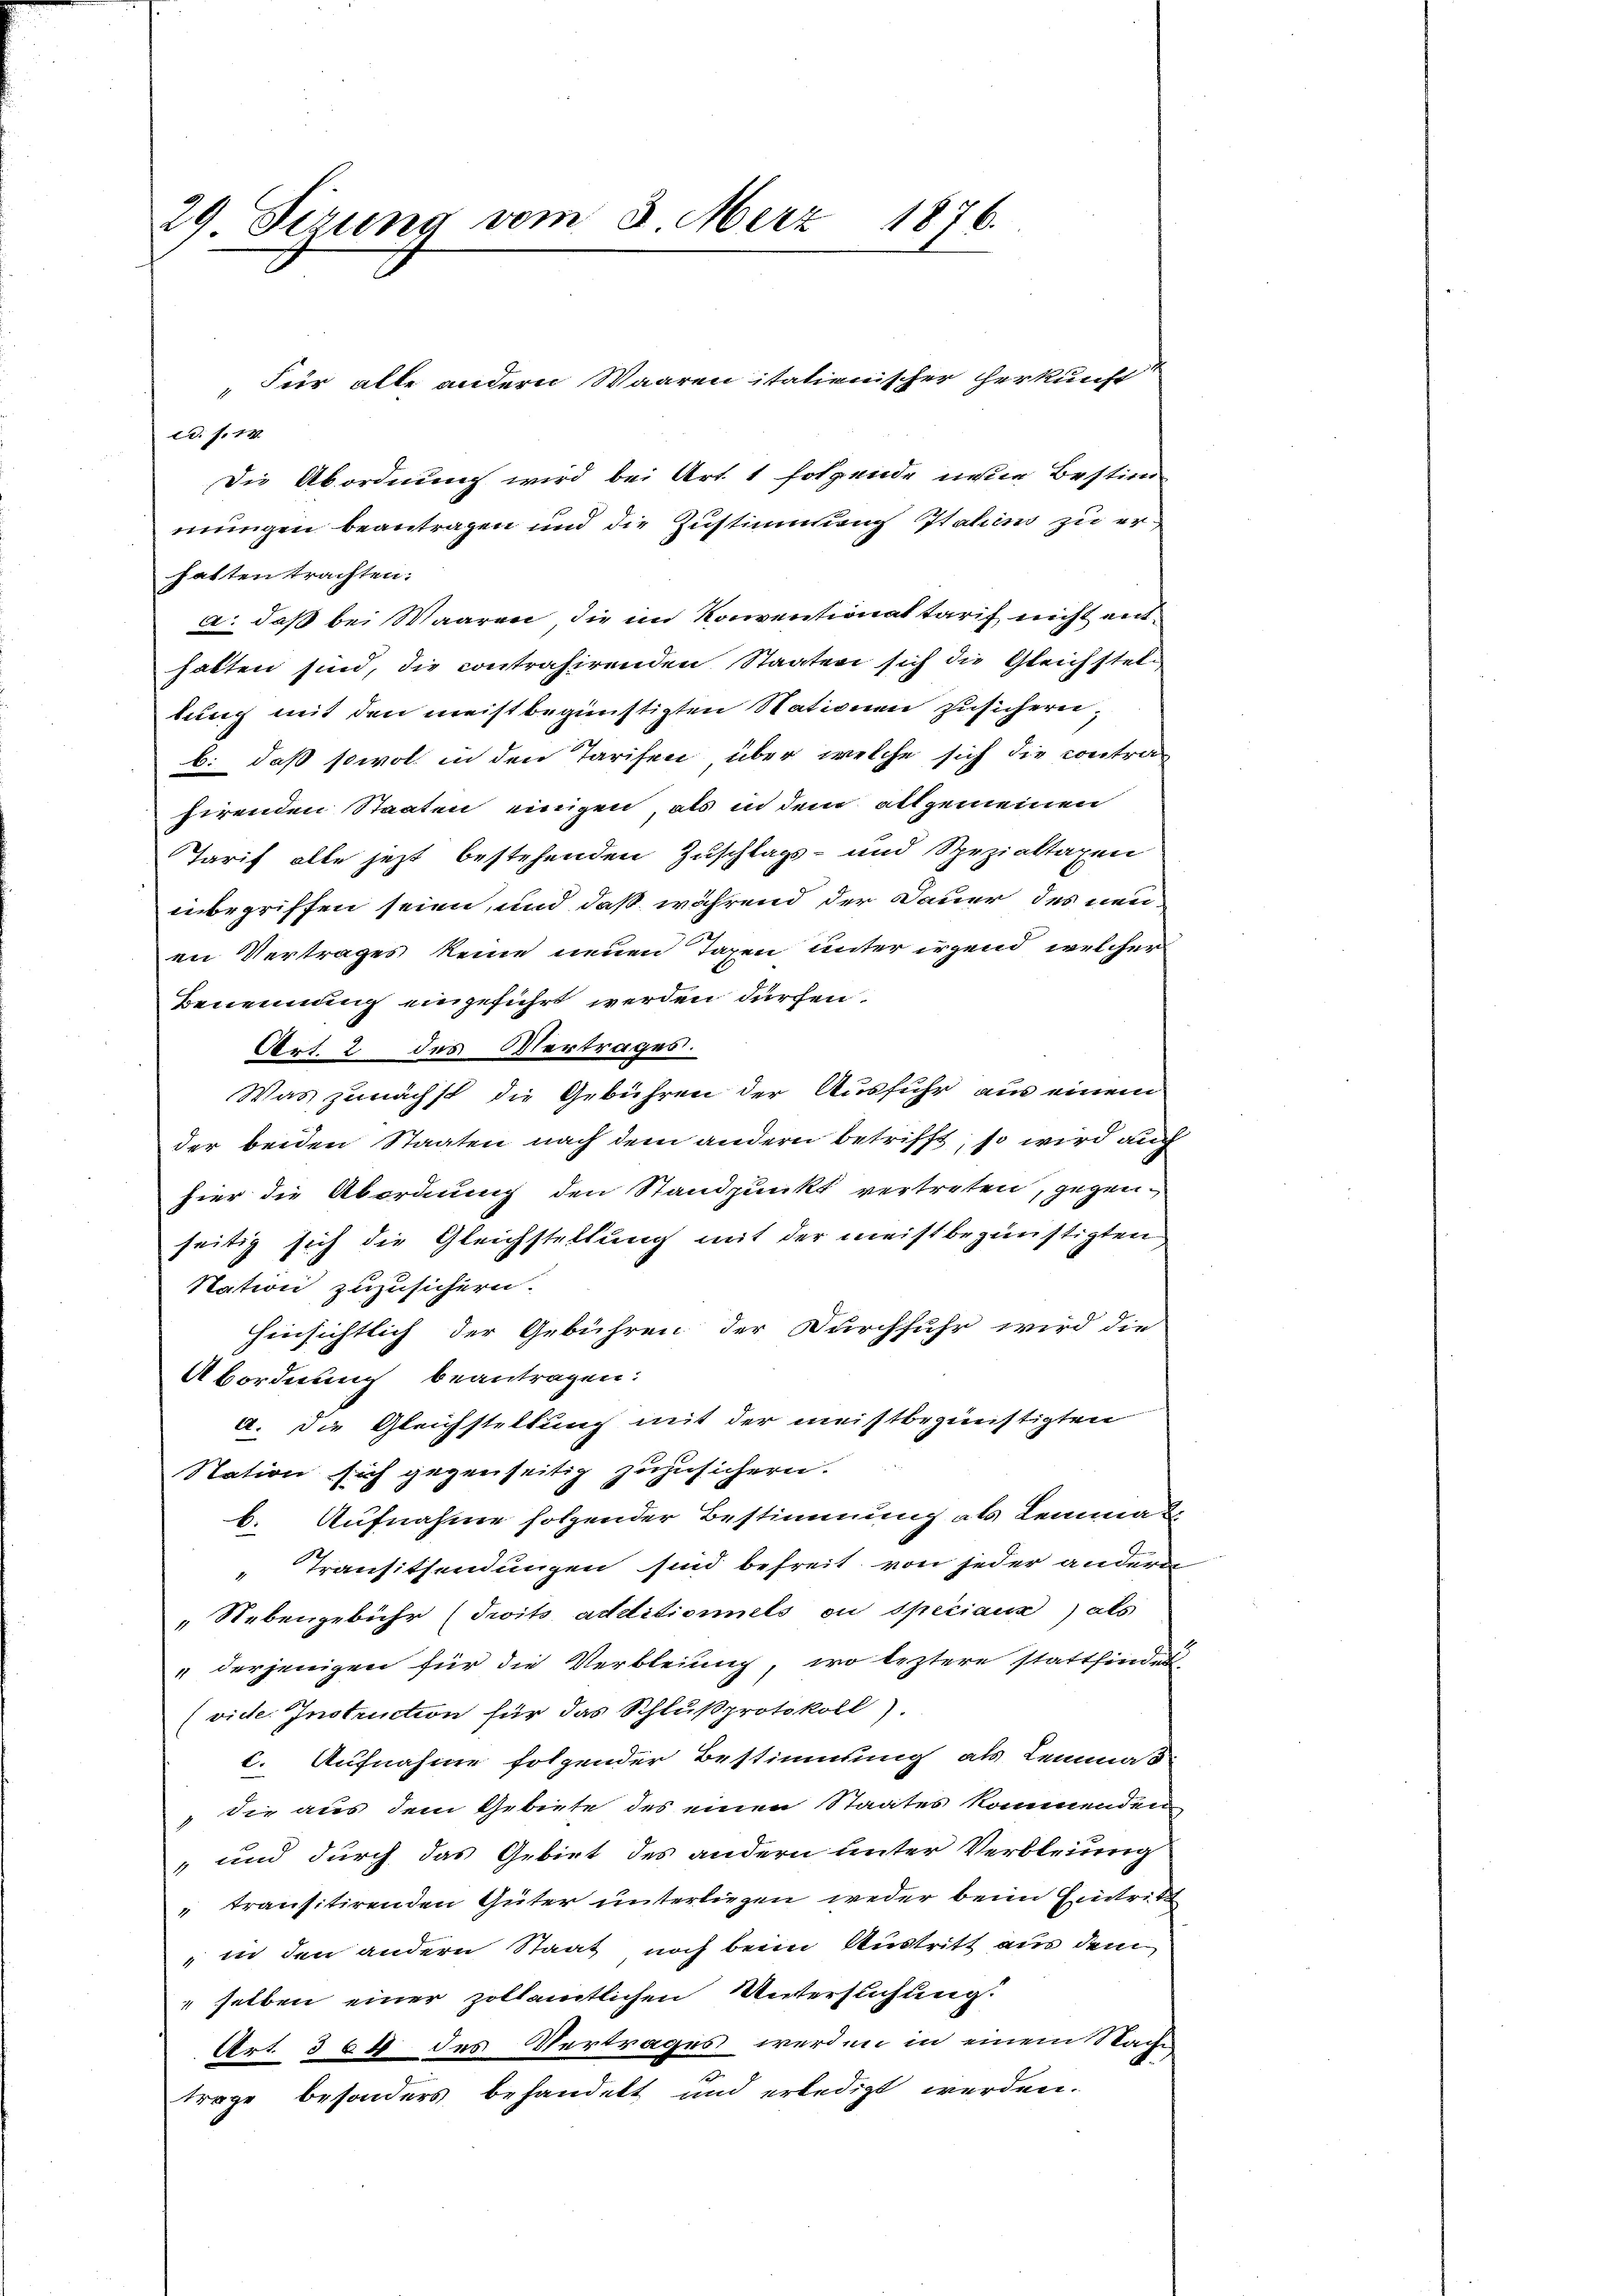
d. s. 14.
Die Abordnung wird bei Art. 1 folgende neue Bestim-
mungen beantragen und die Zustimmung Italins zu erhatten trachten:
a. daß bei Waaren, die im Konventionat tarif nicht enthatten sind, die contrahirenden Staaten sich die Gleichstellung mit den meist begünstigten Stationen zusichern,
b. daß sowol in den Tarifen über welche sich die contra
hirenden Staaten einigen, als in dem allgemeinen
Tarif alle jezt bestehenden Zuschlags- und Spezialtaxen
inbegriffen seien, und daß während der Dauer des neuen Vertrages kein neuen Tagen unter irgend welcher
Benennung eingeführt werden dürfen.
Art. 2 des Vertrages.
Was zunächst die Gebühren der Ausfuhr aus einem
der beiden Staaten nach dem andern betrifft, so wird auch
hier die Abordung den Standpunkt vertreten, gegen
seitig sich die Gleichstellung mit der meistbegünstigten
Nation zuzusichern.
hinsichtlich der Gebühren der Durchfuhr wird die
Abordnung beantragen.
a. die Gleichstellung mit der meistbegünstigten
Nation sich gegenseitig zuzusichern.
b. Aufnahme folgender Bestimmung als Lemma u
Transitsendungen sind befreit, von jeder andern
Nebengebühr (Twits additioniels ou speciaux) als
" derjenigen für die Verbleiung, wo leztere stattfindet.
(vide. Instruction für das Schlußprotokoll).
c. Aufnahme folgender Bestimmung als Lemmas
 die aus dem Gebiete des einen Staates kommenden
" und durch das Gebiet des andern unter Verbleiung
transitirenden Güter unterliegen weder beim Eintritt
" in den andern Staat noch beim Austritt aus dem
selben einer zollämtlichen Untersuchung
Art. 364 des Vertrages werden in einem Sache
trage besonders behandelt und erledigt werden.

29. Sizung vom 3. März 1876.

„Für alle andern Waaren italienischer Herkunft